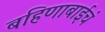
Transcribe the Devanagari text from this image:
बहिणाबाईचं